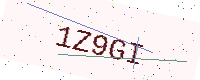
Text: 1Z9GI